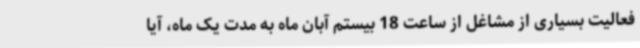
فعالیت بسیاری از مشاغل از ساعت 18 بیستم آبان ماه به مدت یک ماه، آیا